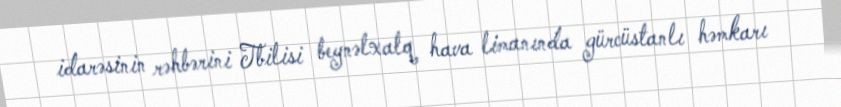
idarəsinin rəhbərini Tbilisi beynəlxalq hava limanında gürcüstanlı həmkarı